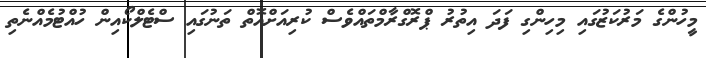
މީހުންގެ މަރުކަޒުގައި މިހިންގި ފަދަ އިތުރު ޕްރޮގްރާމްތައްވެސް ކުރިއަށްއޮތް ތަނުގައި ސްޓެލްކޯއިން ހުއްޓުމެއްނެތި